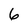
Character: 6